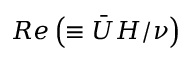
R e \left( \equiv \Bar { U } H / \nu \right)